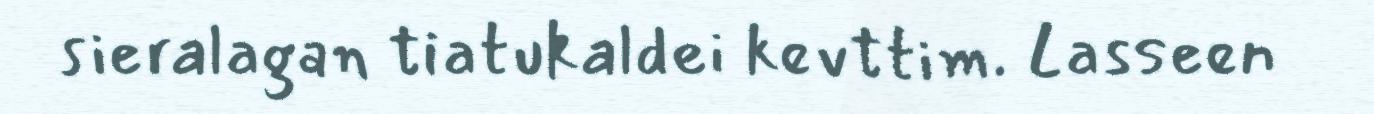
sieralagan tiatukaldei kevttim. Lasseen